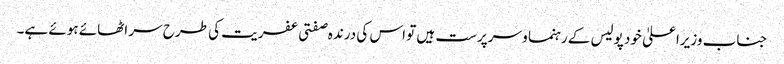
جناب وزیراعلیٰ خود پولیس کے رہنما و سرپرست ہیں تو اس کی درندہ صفتی عفریت کی طرح سر اٹھائے ہوئے ہے۔